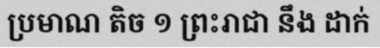
ប្រមាណ តិច ១ ព្រះរាជា នឹង ដាក់